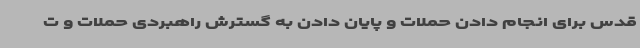
قدس برای انجام دادن حملات و پایان دادن به گسترش راهبردی حملات و ت